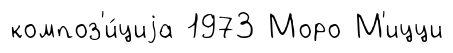
композ'и́циjа 1973 Моро М'ицци